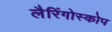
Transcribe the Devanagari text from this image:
लैरिंगोस्कोप